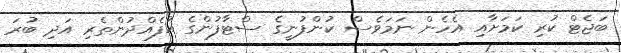
ބަޖެޓް ކުރި ކަމަށާއި އެހެން ނަމަވެސް ކުންފުނީގެ ސްޓާފުންގެ އުފެއްދުންތެރި އަދި ބުރަ